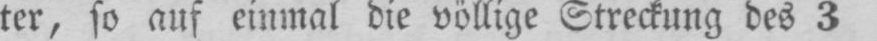
ter, so auf einmal die völlige Streckung des 3